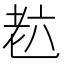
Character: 𦒹